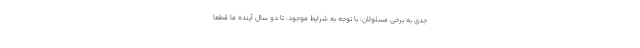
جدی به برخی مسئولان: با توجه به شرایط موجود، تا دو سال آینده ما قطعا